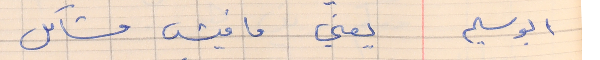
ابو سليم       يعني ما فيش مشاكل